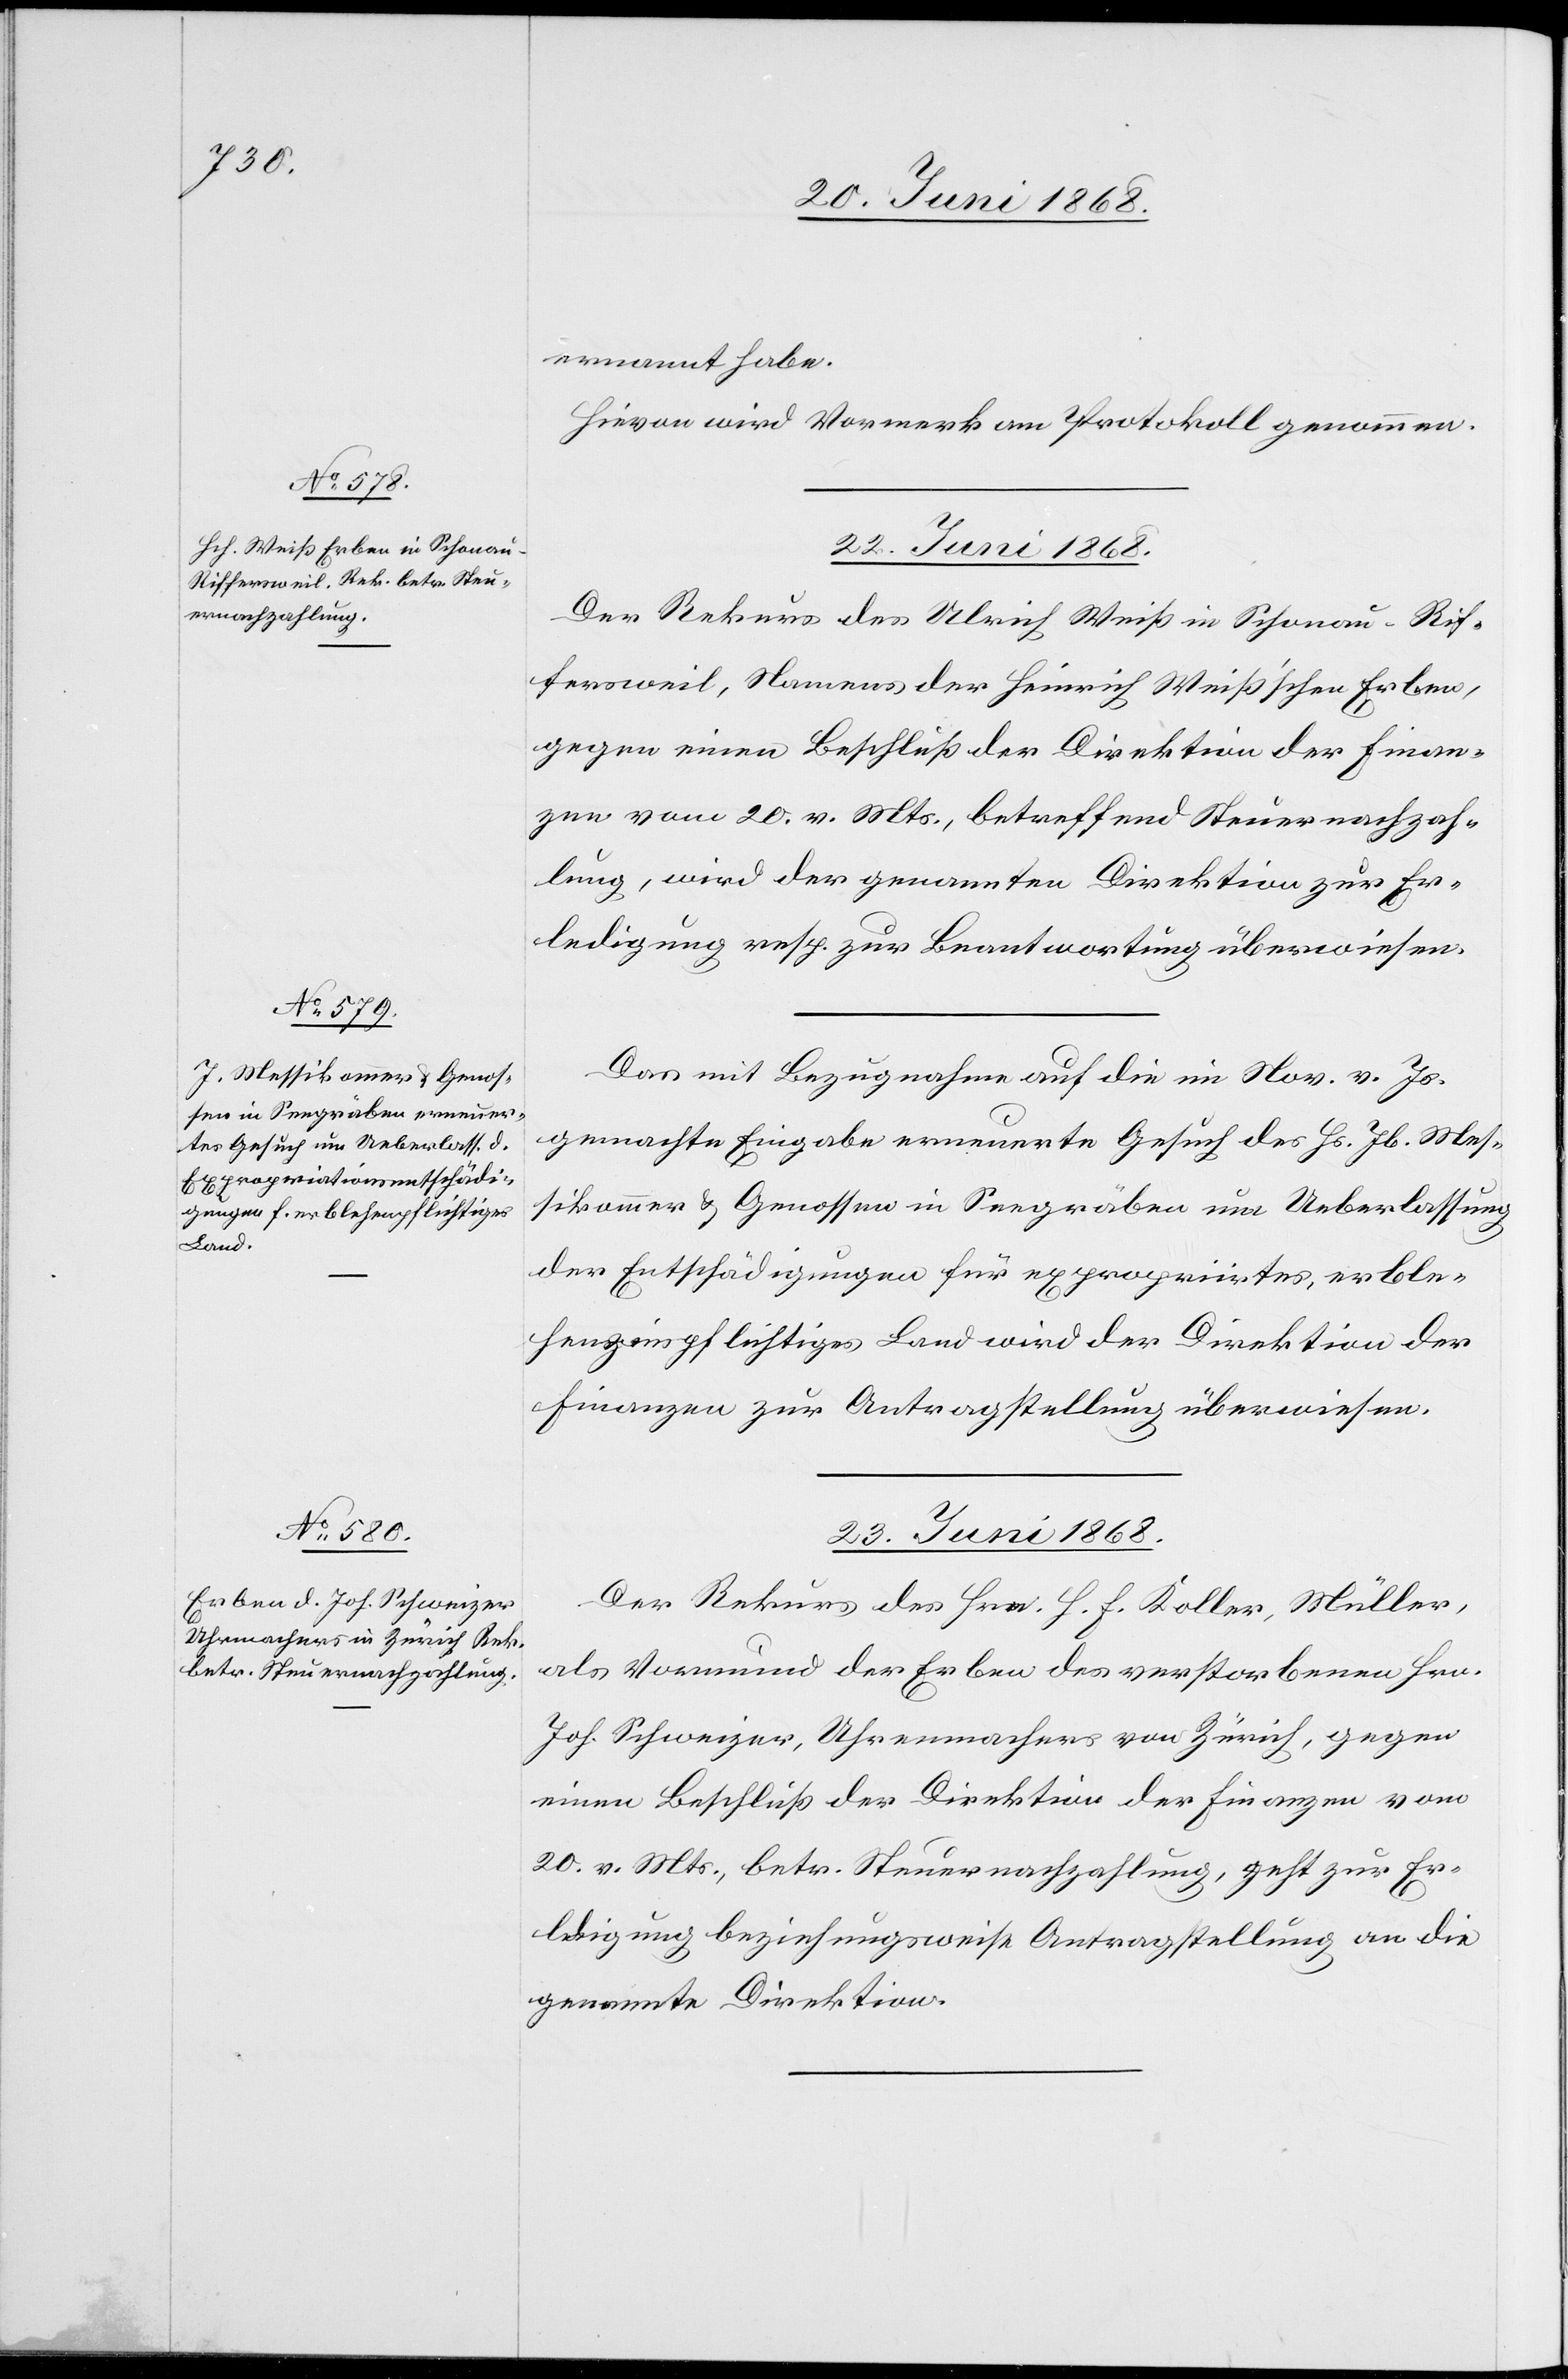
ernannt habe.
Hievon wird Vormerk am Protokoll genommen.
22. Juni 1868.]
Der Rekurs des Ulrich Weiß in Schonau-Rif¬
fersweil, Namens der Heinrich Weiß’schen Erben,
gegen einen Beschluß der Direktion der Finan¬
zen vom 20. v. Mts., betreffend Steuernachzah¬
lung, wird der genannten Direktion zur Er¬
ledigung resp. zur Beantwortung überwiesen.
Das mit Bezugnahme auf die im Nov. v. Js.
gemachte Eingabe erneuerte Gesuch des Hs. Jb. Mes¬
sikommer & Genossen in Seegräben um Ueberlassung
der Entschädigungen für expropriirtes, erble¬
henzinspflichtiges Land wird der Direktion der
Finanzen zur Antragstellung überwiesen.
23. Juni 1868.
Der Rekurs des Hrn. H. F. Koller, Müller,
als Vormund der Erben des verstorbenen Hrn.
Joh. Schweizer, Uhrenmachers von Zürich, gegen
einen Beschluß der Direktion der Finanzen vom
20. v. Mts., betr. Steuernachzahlung, geht zur Er¬
ledigung beziehungsweise Antragstellung an die
genannte Direktion.